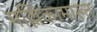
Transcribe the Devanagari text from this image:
मल्लिकामारुत